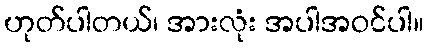
ဟုတ်ပါတယ်၊ အားလုံး အပါအဝင်ပါ။